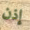
إذن